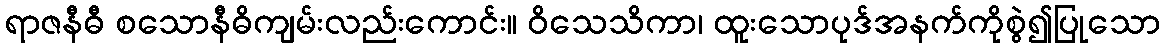
ရာဇနီဓီ စသောနီဓိကျမ်းလည်းကောင်း။ ဝိသေသိကာ၊ ထူးသောပုဒ်အနက်ကိုစွဲ၍ပြုသော